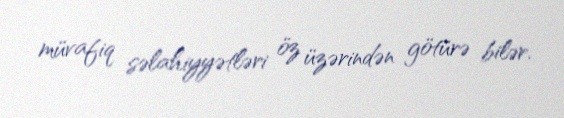
müvafiq səlahiyyətləri öz üzərindən götürə bilər.